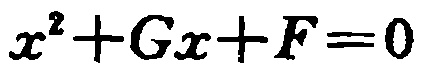
\(x^{2}+Gx + F = 0\)